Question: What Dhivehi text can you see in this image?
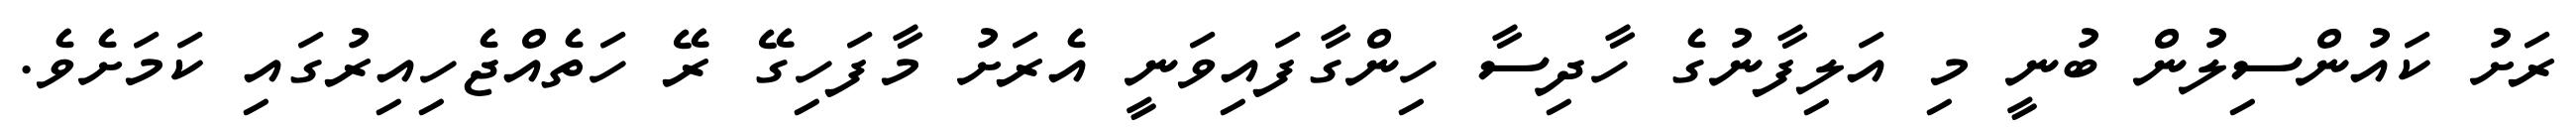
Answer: ރަށު ކައުންސިލުން ބުނީ މި އަލިފާނުގެ ހާދިސާ ހިންގާފައިވަނީ އެރަށު މާފަހިގޭ ރޭ ހަތެއްޖެހިއިރުގައި ކަމަށެވެ.